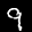
Label: 9